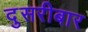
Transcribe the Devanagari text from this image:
दुसरीबार